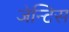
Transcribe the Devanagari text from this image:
जेन्टिस